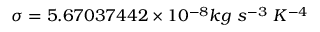
\sigma = 5 . 6 7 0 3 7 4 4 2 \times 1 0 ^ { - 8 } k g \ s ^ { - 3 } \ K ^ { - 4 }